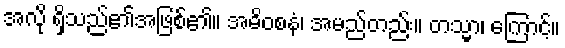
အလို ရှိသည်၏အဖြစ်၏။ အဓိဝစနံ၊ အမည်တည်း။ တသ္မာ၊ ကြောင့်။